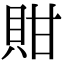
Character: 𧵊